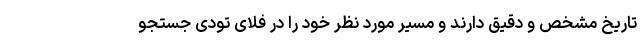
تاریخ مشخص و دقیق دارند و مسیر مورد نظر خود را در فلای تودی جستجو